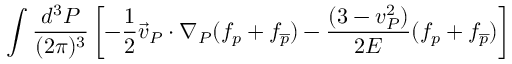
\int \frac { d ^ { 3 } { \cal P } } { ( 2 \pi ) ^ { 3 } } \left[ - \frac { 1 } { 2 } \vec { v } _ { \cal P } \cdot \nabla _ { \cal P } ( f _ { p } + f _ { \overline { { p } } } ) - \frac { ( 3 - v _ { \cal P } ^ { 2 } ) } { 2 { \cal E } } ( f _ { p } + f _ { \overline { { p } } } ) \right]